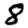
Digit: 8